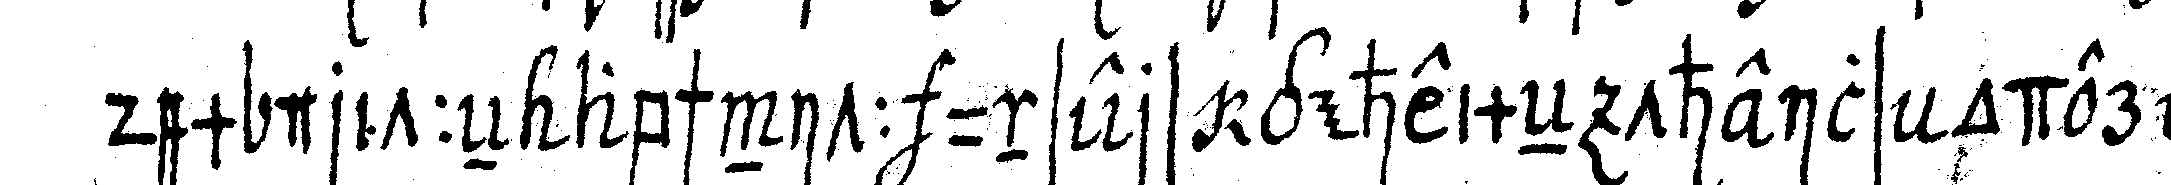
dem dritteN abschnitt unsers geheimeN theils oder